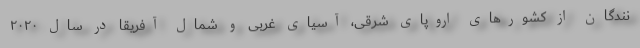
نندگان از کشورهای اروپای شرقی، آسیای غربی و شمال آفریقا در سال ۲۰۲۰